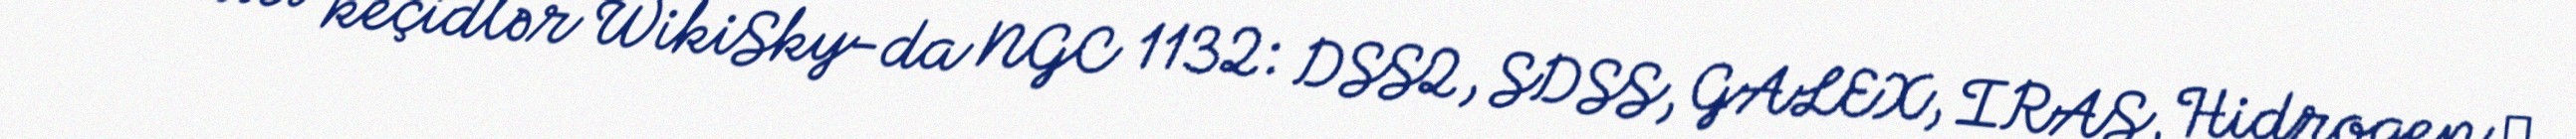
Xarici keçidlər WikiSky-da NGC 1132: DSS2, SDSS, GALEX, IRAS, Hidrogen α,